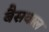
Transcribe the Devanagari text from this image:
बैसवाल